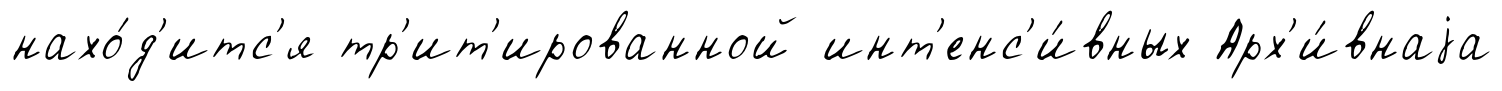
нахо́д'итс'я тр'ит'ированной инт'енс'и́вных Арх'и́внаjа